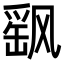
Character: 飖